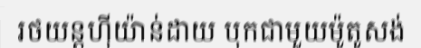
រថយន្តហ៊ីយ៉ាន់ដាយ បុកជាមួយម៉ូតូសង់